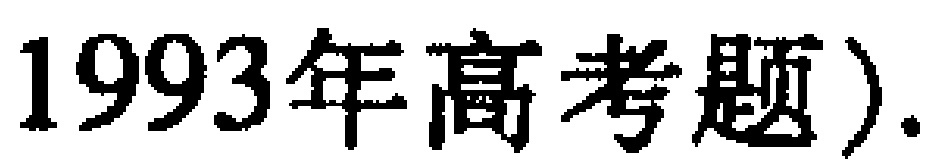
1993年高考题）.